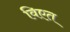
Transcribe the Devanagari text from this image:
विएत